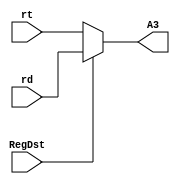
`timescale 1ns / 1ps

module regdst_mux
(
    input RegDst,
    input [4 : 0] rt,
    input [4 : 0] rd,
    output reg [4 : 0] A3
);
    always @ (*)
    begin
        if(RegDst) A3 <= rd;
        else A3 <= rt;
    end
    
endmodule